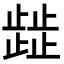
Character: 𭭴